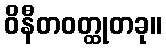
ဝိနီတဝတ္ထုတခု။